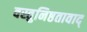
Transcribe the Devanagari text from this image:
वस्तुनिष्ठतावाद्